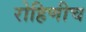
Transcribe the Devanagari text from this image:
रोहिणीच